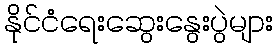
နိုင်ငံရေးဆွေးနွေးပွဲများ